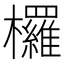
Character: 欏